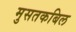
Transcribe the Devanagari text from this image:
मुसतकबिल